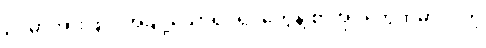
ဥပမာအားဖြင့်၊ အချို့သောရုပ်ရှင်တွေနဲ့ စာအုပ်တွေထဲမှာ ပါတဲ့